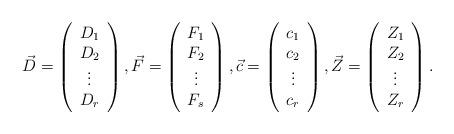
LaTeX: \begin{align*}\vec{D}=\left( \begin{array}{c}D_{1}\\D_{2}\\\vdots \\D_{r}\end{array}\right), \vec{F}=\left( \begin{array}{c}F_{1}\\F_{2}\\\vdots \\F_{s}\end{array}\right),\vec{c}=\left( \begin{array}{c}c_{1}\\c_{2}\\\vdots \\c_{r}\end{array}\right),\vec{Z}=\left( \begin{array}{c}Z_{1}\\Z_{2}\\\vdots \\Z_{r}\end{array}\right).\end{align*}